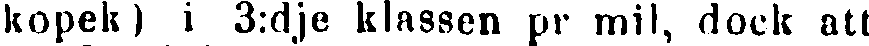
kopek) i 3:dje klassen pr mil, dock att